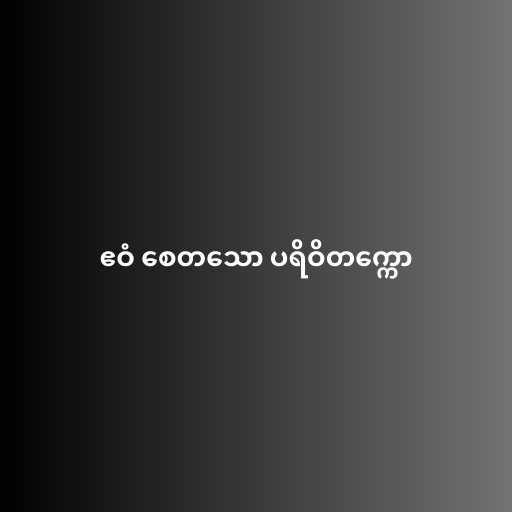
ဧဝံ စေတသော ပရိဝိတက္ကော